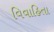
વિવાહિતા